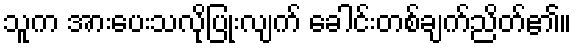
သူက အားပေးသလိုပြုံးလျက် ခေါင်းတစ်ချက်ညိတ်၏။